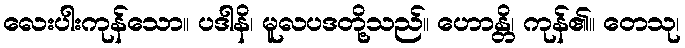
လေးပါးကုန်သော။ ပဒါနိ၊ မူလပဒတို့သည်။ ဟောန္တိ၊ ကုန်၏။ တေသု၊